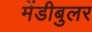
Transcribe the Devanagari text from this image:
मेंडीबुलर